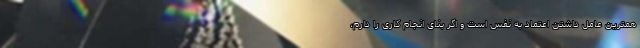
همترین عامل داشتن اعتماد به نفس است و اگر بنای انجام کاری را دارم،